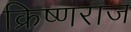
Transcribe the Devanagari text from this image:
क्रिष्णराज